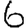
Digit: 6